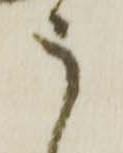
う